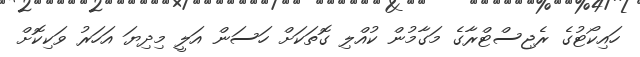
ހައިކޯޓުގެ ރެޖިސްޓްރާގެ މަގާމުން ކުއްލި ގޮތަކަށް ހަސަން އަލީ މިދިޔަ އަހަރު ވަކިކޮށް